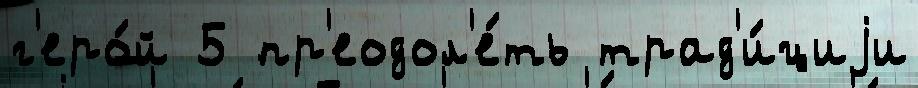
г'еро́й 5 пр'еодол'е́ть трад'и́циjи